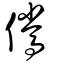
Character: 儯